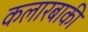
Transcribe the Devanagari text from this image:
कलारबाकी